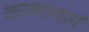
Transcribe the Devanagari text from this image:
काव्याचार्य